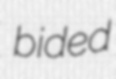
bided